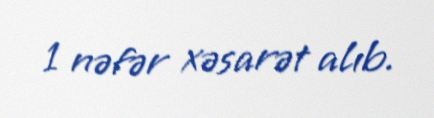
1 nəfər xəsarət alıb.